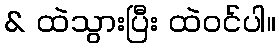
& ထဲသွားပြီး ထဲဝင်ပါ။